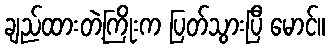
ချည်ထားတဲ့ကြိုးက ပြတ်သွားပြီ မောင်။